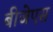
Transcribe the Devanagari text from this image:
बीजेएस